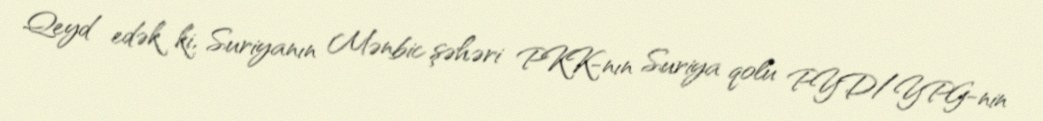
Qeyd edək ki, Suriyanın Mənbic şəhəri PKK-nın Suriya qolu PYD/YPG-nin